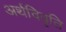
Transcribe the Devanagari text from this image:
अर्थविवृति